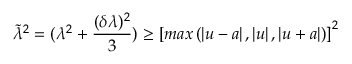
\widetilde { \lambda } ^ { 2 } = ( \lambda ^ { 2 } + \frac { ( \delta \lambda ) ^ { 2 } } { 3 } ) \geq \left[ m a x \left( \left| u - a \right| , \left| u \right| , \left| u + a \right| \right) \right] ^ { 2 }